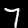
Label: 7